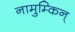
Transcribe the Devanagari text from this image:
नामुम्किन्